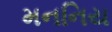
મનનિય